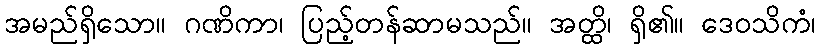
အမည်ရှိသော။ ဂဏိကာ၊ ပြည့်တန်ဆာမသည်။ အတ္ထိ၊ ရှိ၏။ ဒေဝသိကံ၊